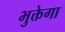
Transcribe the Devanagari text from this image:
भुक्तेगा